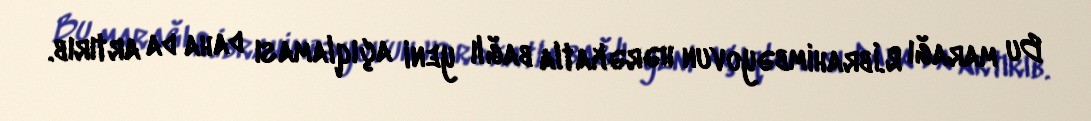
Bu marağı R.İbrahimbəyovun hərəkatla bağlı yeni açıqlaması daha da artırıb.